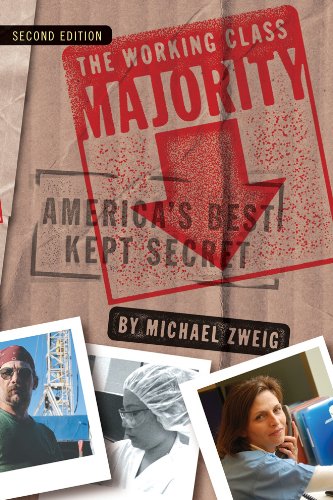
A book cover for The Working Class Majority: America's Best Kept Secret; Michael Zweig; Business & Money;